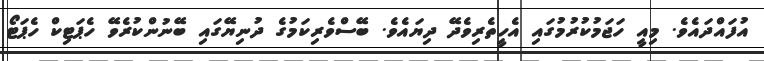
އުފައްދައެވެ. މިއީ ހަޖަމުކުރުމުގައި އެހީތެރިވެދޭ ދިޔައެވެ. ބޭސްވެރިކަމުގެ ދުނިޔޭގައި ބޭނުންކުރެވޭ ހެޕަޓިކް ހެޕަޓޯ